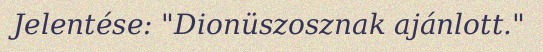
Jelentése: "Dionüszosznak ajánlott."